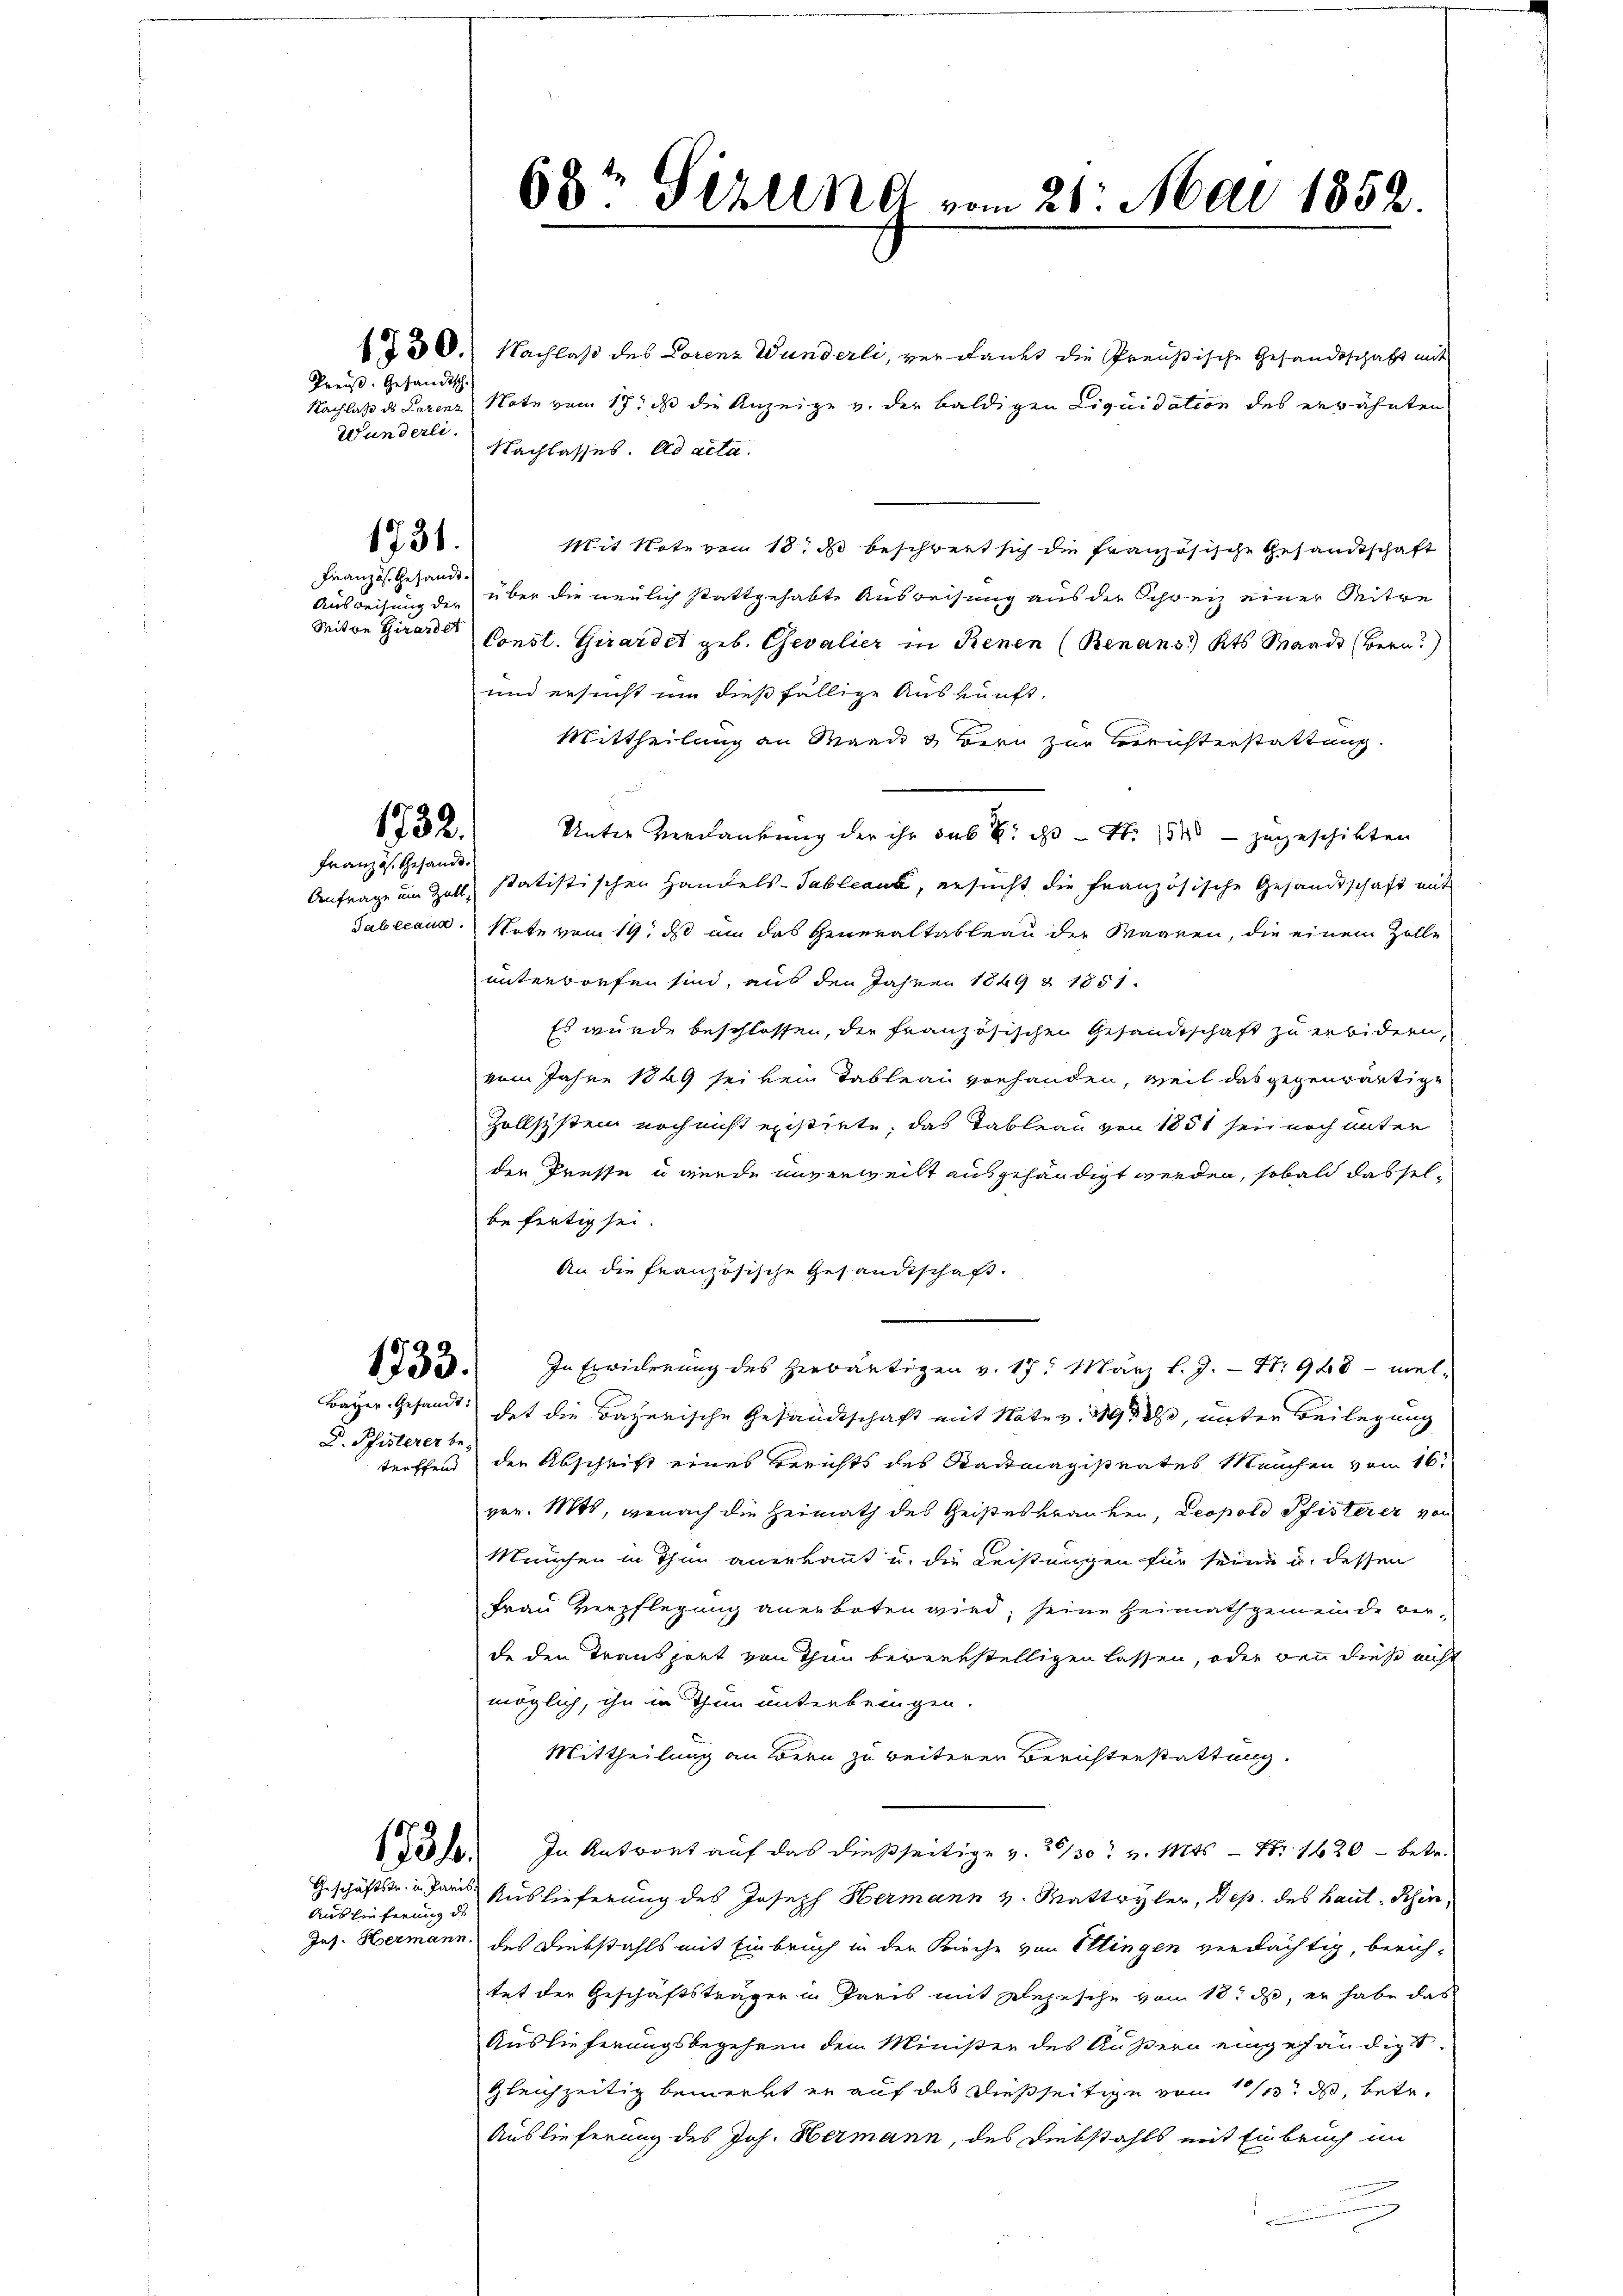
Preuß. Gesandtsch
Wunderli.

1731.

Französ. Gesandt¬
Mitte Girardet

1732.
Französ. Gesandt.

D. Pfisterer betreffend

Auslieferung des

§ 30. Nachlaß des Lorenz Wunderli, verdankt die Preußische Gesandtschaft mit
Nachlaß ds Lorenz Note vom 17. ds die Anzeige v. der baldigen Liquidation des erwähnten
Nachlasses. Ad acta.
Mit Note von 18, d beschwert sich die Französische Gesandtschaft
Ausweisung der über die neulich stattgehabte Ausweisung aus der Schweiz einer Mitre
Const. Girardet geb. Chevalier in Renen (Benans Kts. Mando (Bern?)
und ersucht um dießfällige Auskunft.
Mittheilung an Mande & Bern zur Berichterstattung.
Anfrage um Zoll statistischen Handels-Tableaus, ersucht die französische Gesandtschaft mit
Tableaun. Note vom 19. ds am das Generaltableau der Wagnen, die einem Zolle
unterworfen sind, aus den Jahren 1849 & 1851.
Es wurde beschlossen, die französischen Gesandtschaft zu erbidern,
vom Jahre 1849 sei kein Tableau vorhanden, weil das gegenwärtige
Zollsystem noch nicht existirte, das Tableau von 1851 sei noch unter
den Tresse u wurde unverweilt ausgehändigt werden, sobald das selbefertig sei.
An die französische Gesandtschaft.
. In Erwiderung des herwärtigen v. 17. März l. J. - Nr 948 - mel-
Bayer Gesandt das die Bayerische Gesandtschaft mit Note v. 29, unter Beilegung
der Abschrift eines Berichts des Stadtmagistrates Manchen vom 16.
vor. Mts, wonach die Heimath des Geisteskranken, Leopold Pfisterer von
München in Thur anerkannt u. die Leistungen für seine u. dessen
Frau Verpflegung anerboten wird, seine Heimathgemeinde verde den Transport von Thun bewerkstelligen lassen, oder wenn diese nicht
möglich, ihn in Thun unterbringen.
Mittheilung an Bern zu weiterer Berichterstattung.
Code. In Antwort auf das dießseitige v. 26/30. v. Mts. — Nr. 1620 - betr.
Geschäfts. in Paris Auslieferung des Joseph Hermann v. Mattwyler, des des Haut Schin,
Jus. Hermann des Diebstahls mit Einbruch in der Kirche von Ettingen verdächtig, berichtet der Geschäftsträger in Preis mit Depesche vom 18t d, er habe das
Auslieferungsbegehren dem Minister des Äußern eingehändigt.
gleichzeitig bemerkt er auf das dießseitige von 1/3. ds, betr.
Auslieferung des Joh. Hermann, des Diebstahls mit Einbruch im
u

68t Gerline vom 21. Mai 1852.

Unter Verdankung der ihr sub 8. ds. - No 13 zugeschikten